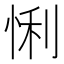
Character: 悧